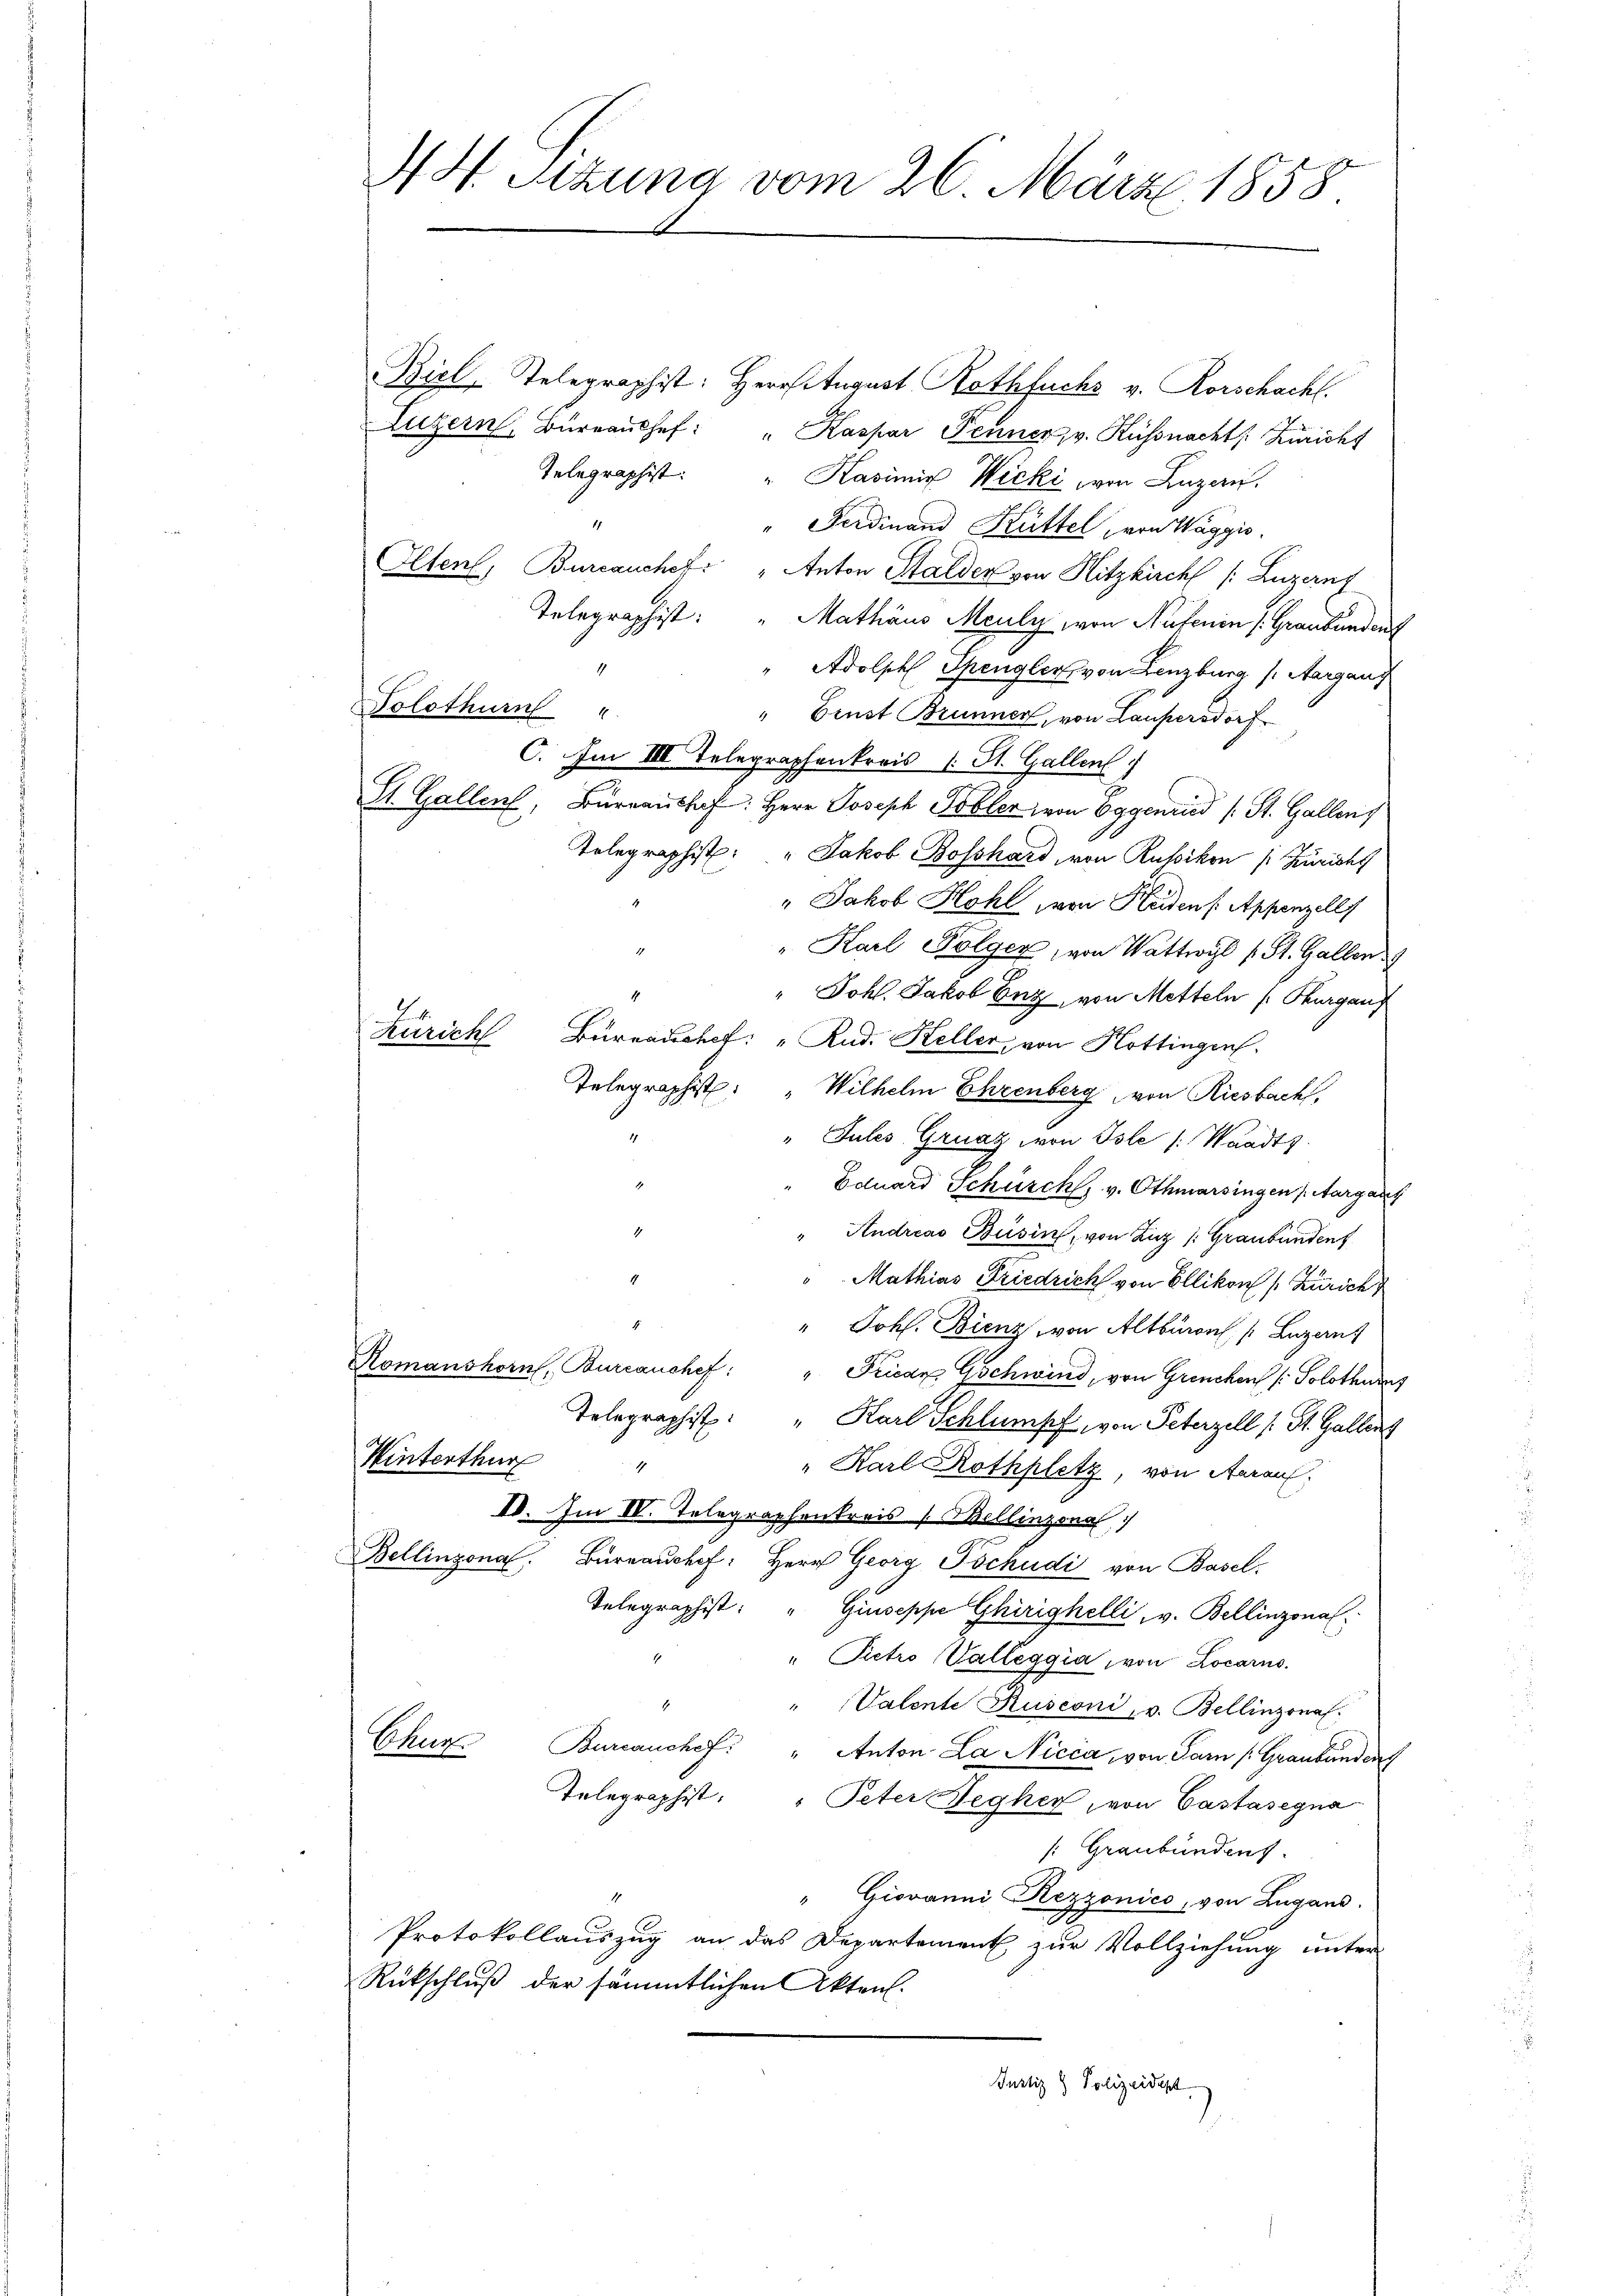
AH Sitzung vom 26. März 1858

Biel Telegraphist: Herritugust Rothfuchs v. Rorschacht.
Luzern, Büreaŭshef: " Kaspar Fenner, v. Küssnacht Züricht
Telegraphist. " Kasimix Wicki von Luzern.
11
" Ferdinand Küttel von Waggis
Olten, Bureauchef " Anton Stalden von Hitzkirchl /: Luzern
Telegraphist: " Mathäus Meuly von Nutenin /: Graubünden
Adolph Spengler, von Lenzburg (Aargang
4
Solothurn "
" Ernst Brunner, von Laupersdorf
C. Im IIII Telegraphenkreis (: St. Gallen
St. Gallen, Barraŭshaf: Herr Joseph Tobler, von Eggenried (: St. Gallen,
Telegraphist: " Jakob Bosshard, von Russikon (: Züricht
" Jakob Hohl von Heiden Appenzell
" Karl Folger, von Wattwyl 1 St. Gallen
" Joh. Jakob Enz, von Metteln (Thurgauf
Zürich Bureau chef: "Rud. Keller, von Hottingen.
Telegraphist.
Wilhelm Ehrenberg von Riesbach,
1
"Jules Gruaz von Isle /: Waadts.
Eduard Schürch. v. Othmarsingen Aargau
Andreas Büsin, von Luz /: Graubünden
Mathias Friedrich von Ellikon (: Zürich
.
" Johs. Bienz von Altburn (Luzans
Romanshorn, Burcanchef: " Friedr Gschwind, von Grenchen (: Solothurers
Telegraphist: " Karl Schlumpf, von Peterzell (St. Gallenz
Winterthur
1
" Karl Rothplatz, von Aarauf,
IV. Im IV. Telegraphenkreis (Bellinzona
Bellinzona. Bureauchef. Herr Georg Tschudi von Basel-
Telegraphist: " Giuseppe Ghirighelli v. Bellinzona
" Petro Valleggia, von Locarno.
.
" Valente Rusconi, v. Bellinzona.
Scher
Burcanchef " Anton La Nicca, von Sam (Graubünden
Telegraphist.
" Peter Begher, von Castasegna
[: Graubündens
" Giovanni Rezzonico, von Lugand.
Protokollauszug an das Departement zur Vollziehung unter
Rückschluß der sämmtlichen Akten.
Justiz & Polizeidept